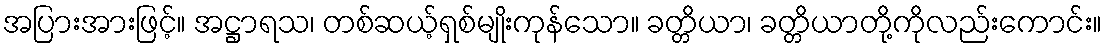
အပြားအားဖြင့်။ အဋ္ဌာရသ၊ တစ်ဆယ့်ရှစ်မျိုးကုန်သော။ ခတ္တိယာ၊ ခတ္တိယာတို့ကိုလည်းကောင်း။